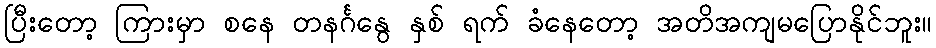
ပြီးတော့ ကြားမှာ စနေ တနင်္ဂနွေ နှစ် ရက် ခံနေတော့ အတိအကျမပြောနိုင်ဘူး။